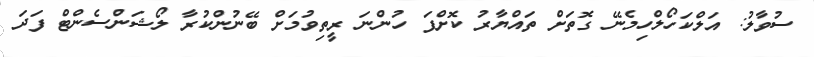
ސުވާލު: އަލްކަހޯލްހިމެނޭ ގޮތަށް ތައްޔާރު ކޮށްފަ ހުންނަ ރީތިވުމަށް ބޭނުންކުރާ ލޯޝަންސެންޓް ފަދަ